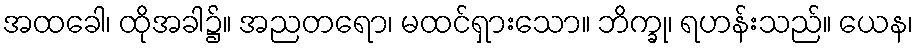
အထခေါ၊ ထိုအခါ၌။ အညတရော၊ မထင်ရှားသော။ ဘိက္ခု၊ ရဟန်းသည်။ ယေန၊